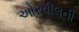
ઓરવીલની